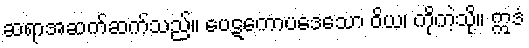
ဆရာအဆက်ဆက်သည်။ ပေဋကောပဒေသော ဝိယ၊ ကိုကဲ့သို့။ ဣဒံ